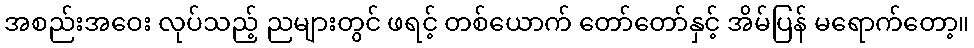
အစည်းအဝေး လုပ်သည့် ညများတွင် ဖရင့် တစ်ယောက် တော်တော်နှင့် အိမ်ပြန် မရောက်တော့။